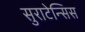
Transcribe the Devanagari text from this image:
सुराटेन्सिस